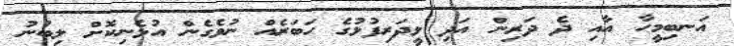
އަނބިމީހާ އާއި ދެ ދަރިން އަދި ޅީދަރިފުޅުގެ ހަބަރެއް ނުވެގެން އުޅެނިކޮށް ލިބުނު